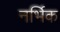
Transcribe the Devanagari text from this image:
नर्भिक